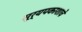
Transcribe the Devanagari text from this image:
सूर्यपकाशाचे